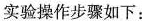
实验操作步骤如下：